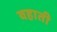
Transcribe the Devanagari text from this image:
वहाती